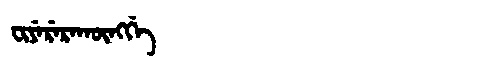
Manchu: ᠸᡳᠶᡝᡵᡝᡵᠠᡴᡡᠩᡤᡝ
Romanization: FIYERERAKŪNGGE